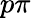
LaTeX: p\pi